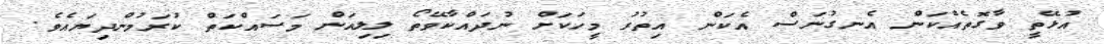
އުޅޭތީ ވާގޮތެއްކަން އެނގުނަސް އެކަން އިތުރު މީހަކަށް ނުދައްކާވޭތޯ ލިލިއަން މަސައްކަތް ކުރަމުންދިޔައެވެ.